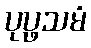
ပုပ္ဖသမံ